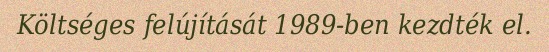
Költséges felújítását 1989-ben kezdték el.